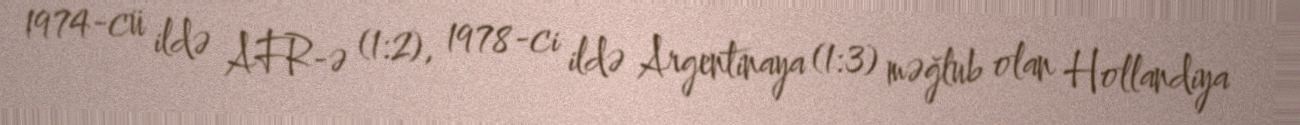
1974-cü ildə AFR-ə (1:2), 1978-ci ildə Argentinaya (1:3) məğlub olan Hollandiya